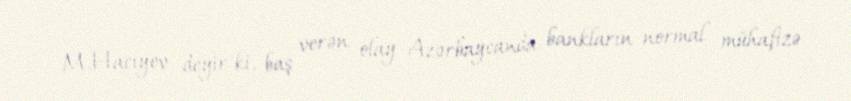
M.Hacıyev deyir ki, baş verən olay Azərbaycanda bankların normal mühafizə